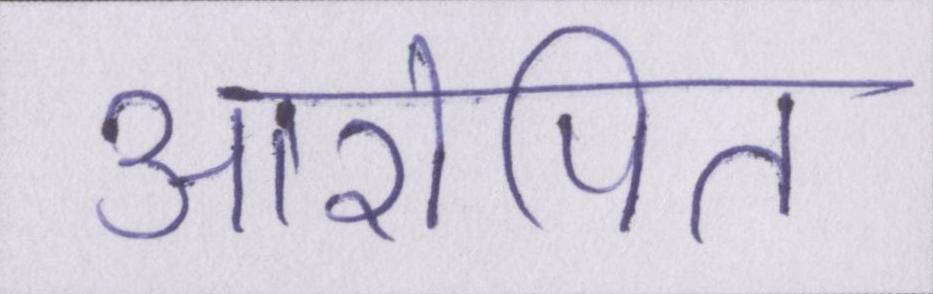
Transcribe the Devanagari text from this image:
आरोपित